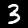
Label: 3